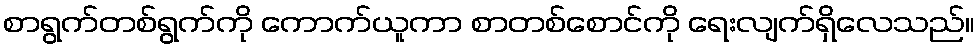
စာရွက်တစ်ရွက်ကို ကောက်ယူကာ စာတစ်စောင်ကို ရေးလျက်ရှိလေသည်။